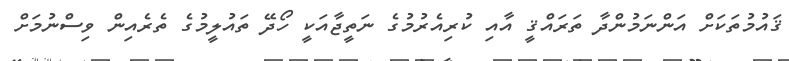
ޤައުމުތަކަށް އަންނަމުުންދާ ތަރައްޤީ އާއި ކުރިއެރުމުގެ ނަތީޖާއަކީ ހޯދޭ ތައުލީމުގެ ތެރެއިން ވިސްނުމަށް